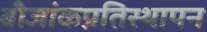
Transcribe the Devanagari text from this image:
बीजांकप्रतिस्थापन